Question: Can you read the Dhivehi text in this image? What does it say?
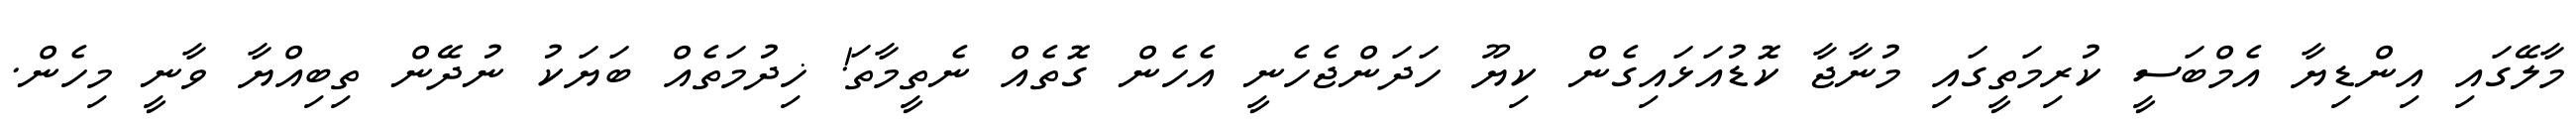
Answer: މާލޭގައި އިންޑިޔާ އެމްބަސީ ކުރިމަތީގައި މުނާޖާ ކޮޑުއަޅައިގެން ކިޔޫ ހަދަންޖެހެނީ އެހެން ގޮތެއް ނެތީމާތަ! ޚިދުމަތެއް ބަޔަކު ނުދޭން ތިބިއްޔާ ވާނީ މިހެން.